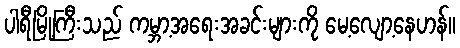
ပါရီမြို့ကြီးသည် ကမ္ဘာ့အရေးအခင်းများကို မေ့လျော့နေဟန်။